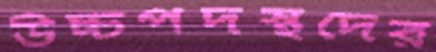
উচ্চপদস্থদের